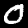
Digit: 0